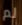
لم